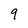
Character: 9